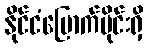
နိုင်ငံမြောက်ပိုင်းရှိ